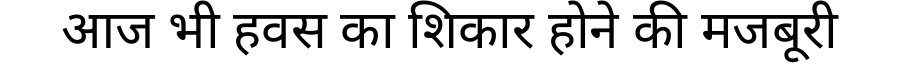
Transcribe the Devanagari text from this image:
आज भी हवस का शिकार होने की मजबूरी